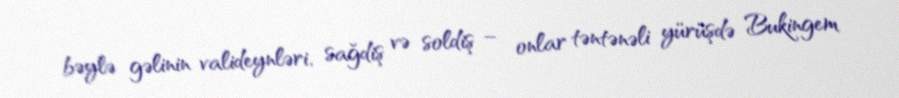
bəylə gəlinin valideynləri, sağdiş və soldiş – onlar təntənəli yürüşdə Bukingem